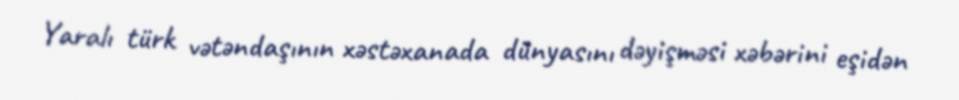
Yaralı türk vətəndaşının xəstəxanada dünyasını dəyişməsi xəbərini eşidən